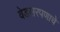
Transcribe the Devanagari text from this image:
वेडसरपणाचे